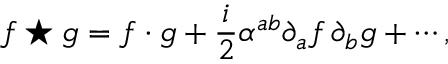
f \star g = f \cdot g + \frac { i } { 2 } \alpha ^ { a b } \partial _ { a } f \, \partial _ { b } g + \cdots ,